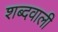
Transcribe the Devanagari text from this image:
शब्दवाली